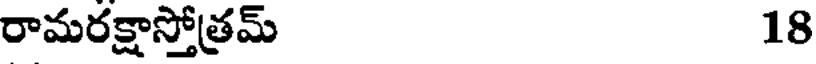
రామరక్షాస్తోత్రమ్ 18